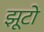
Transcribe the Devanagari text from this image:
झूटो